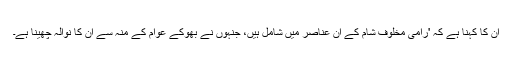
ان کا کہنا ہے کہ 'رامی مخلوف شام کے ان عناصر میں شامل ہیں، جنہوں نے بھوکے عوام کے منہ سے ان کا نوالہ چھینا ہے۔